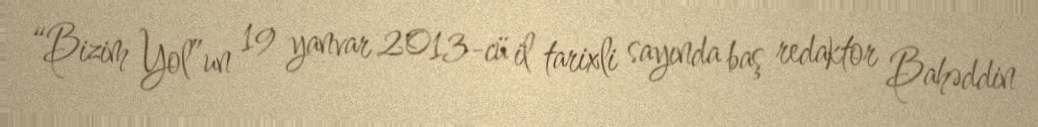
“Bizim Yol”un 19 yanvar 2013-cü il tarixli sayında baş redaktor Bahəddin